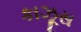
કાઝૂસ